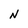
Character: N